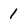
Character: 1